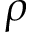
\rho